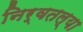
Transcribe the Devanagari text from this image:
निर्वतल्या